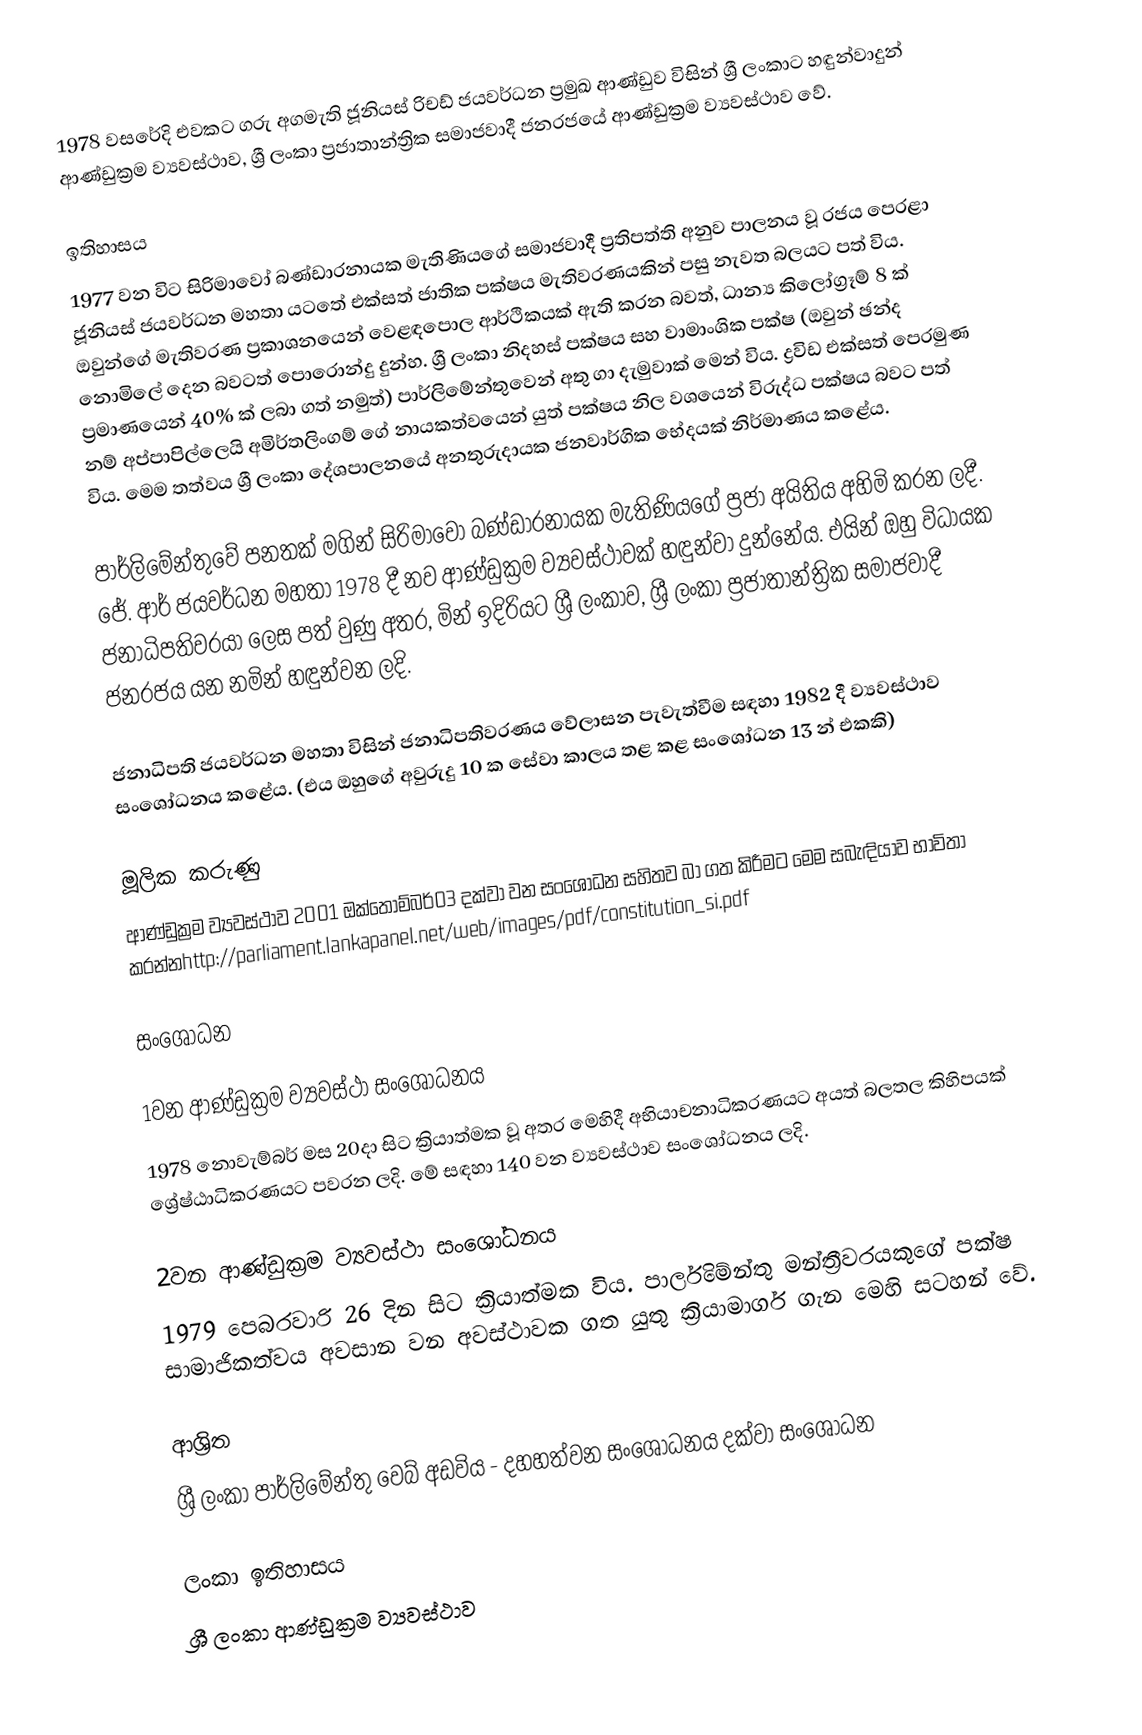
1978 වසරේදි එවකට ගරු අගමැති ජූනියස් රිචඩ් ජයවර්ධන ප්‍රමුඛ ආණ්ඩුව විසින් ශ්‍රී ලංකාට හඳුන්වාදුන් ආණ්ඩුක්‍රම ව්‍යවස්ථාව, ශ්‍රී ලංකා ප්‍රජාතාන්ත්‍රික සමාජවාදී ජනරජයේ ආණ්ඩුක්‍රම ව්‍යවස්ථාව වේ.

ඉතිහාසය
1977 වන විට සිරිමාවෝ බණ්ඩාරනායක මැතිණියගේ සමාජවාදී ප්‍රතිපත්ති අනුව පාලනය වූ රජය පෙරළා ජූනියස් ජයවර්ධන මහතා යටතේ එක්සත් ජාතික පක්ෂය මැතිවරණයකින් පසු නැවත බලයට පත් විය. ඔවුන්ගේ මැතිවරණ ප්‍රකාශනයෙන් වෙළඳපොල ආර්ථිකයක් ඇති කරන බවත්, ධාන්‍ය කිලෝග්‍රෑම් 8 ක් නොමිලේ දෙන බවටත් පොරොන්දු දුන්හ. ශ්‍රී ලංකා නිදහස් පක්ෂය සහ වාමාංශික පක්ෂ (ඔවුන් ඡන්ද ප්‍රමාණයෙන් 40% ක් ලබා ගත් නමුත්) පාර්ලිමේන්තුවෙන් අතු ගා දැමුවාක් මෙන් විය. ද්‍රවිඩ එක්සත් පෙරමුණ නම් අප්පාපිල්ලෙයි අමිර්තලිංගම් ගේ නායකත්වයෙන් යුත් පක්ෂය නිල වශයෙන් විරුද්ධ පක්ෂය බවට පත් විය. මෙම තත්වය ශ්‍රී ලංකා දේශපාලනයේ අනතුරුදායක ජනවාර්ගික භේදයක් නිර්මාණය කළේය.

පාර්ලිමේන්තුවේ පනතක් මගින් සිරිමාවෝ බණ්ඩාරනායක මැතිණියගේ ප්‍රජා අයිතිය අහිමි කරන ලදී. ජේ. ආර් ජයවර්ධන මහතා 1978 දී නව ආණ්ඩුක්‍රම ව්‍යවස්ථාවක් හඳුන්වා දුන්නේය. එයින් ඔහු විධායක ජනාධිපතිවරයා ලෙස පත් වුණු අතර, මින් ඉදිරියට ශ්‍රී ලංකාව, ශ්‍රී ලංකා  ප්‍රජාතාන්ත්‍රික සමාජවාදී ජනරජය යන නමින් හඳුන්වන ලදි.

ජනාධිපති ජයවර්ධන මහතා විසින් ජනාධිපතිවරණය වේලාසන පැවැත්වීම සඳහා 1982 දී ව්‍යවස්ථාව සංශෝධනය කළේය. (එය ඔහුගේ අවුරුදු 10 ක සේවා කාලය තළ කළ සංශෝධන 13 න් එකකි)

මූලික කරුණු
ආණ්ඩුක්‍රම ව්‍යවස්ථාව 2001 ඔක්තොම්බර්03 දක්වා වන සංශෝධන සහිතව බා ගත කිරීමට මෙම සබැඳියාව භාවිතා කරන්නhttp://parliament.lankapanel.net/web/images/pdf/constitution_si.pdf

සංශෝධන

1වන ආණ්ඩුක්‍රම ව්‍යවස්ථා සංශෝධනය
1978 නොවැම්බර් මස 20දා සිට ක්‍රියාත්මක වූ අතර මෙහිදී අභියාචනාධිකරණයට අයත් බලතල කිහිපයක් ශ්‍රේෂ්ඨාධිකරණයට පවරන ලදි. මේ සඳහා 140 වන ව්‍යවස්ථාව සංශෝධනය ලදි.

2වන ආණ්ඩුක්‍රම ව්‍යවස්ථා සංශෝධනය
1979 පෙබරවාරි 26 දින සිට ක්‍රියාත්මක විය. පාර්ලිමේන්තු මන්ත්‍රීවරයකුගේ පක්ෂ සාමාජිකත්වය අවසාන වන අවස්ථාවක ගත යුතු ක්‍රියාමාර්ග ගැන මෙහි සටහන් වේ.

ආශ්‍රිත
ශ්‍රී ලංකා පාර්ලිමේන්තු වෙබ් අඩවිය - දහහත්වන සංශෝධනය දක්වා සංශෝධන

ලංකා ඉතිහාසය
ශ්‍රී ලංකා ආණ්ඩුක්‍රම ව්‍යවස්ථාව